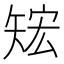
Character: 𥏕